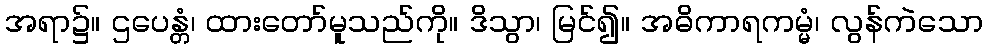
အရာ၌။ ဌပေန္တံ၊ ထားတော်မူသည်ကို။ ဒိသွာ၊ မြင်၍။ အဓိကာရကမ္မံ၊ လွန်ကဲသော